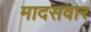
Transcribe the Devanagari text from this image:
मादसवार